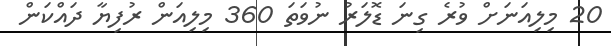
20 މިލިއަނަށް ވުރެ ގިނަ ޑޮލަރު ނުވަތަ 360 މިލިއަން ރުފިޔާ ދައްކަން